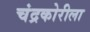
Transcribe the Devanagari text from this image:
चंद्रकोरीला